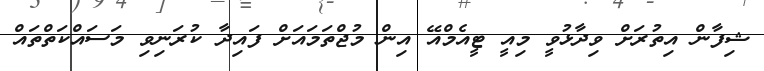
ޝިފާން އިތުރަށް ވިދާޅުވީ މިއީ ޓީއެމްއޭ އިން މުޖްތަމައަށް ފައިދާ ކުރަނިވި މަސައްކަތްތައް